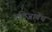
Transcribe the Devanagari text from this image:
एलिजा़बेथ